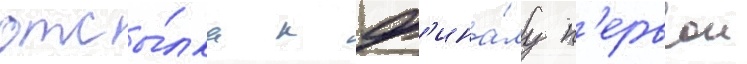
отсы́лка к ф'ина́лу п'ервои